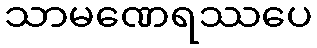
သာမဏေရဿပေ